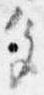
色